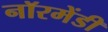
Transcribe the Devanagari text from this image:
नॉरमेंडी